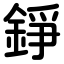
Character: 錚